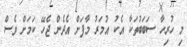
މި ހުރިހާ ސަބަބުތަކާ އެކު އުމަރު މާފަށް އެދެން ޖެހޭ ކަމަށް ވެސް